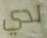
لدي